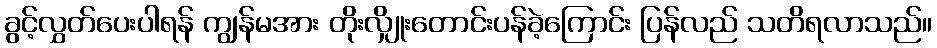
ခွင့်လွှတ်ပေးပါရန် ကျွန်မအား တိုးလျှိုးတောင်းပန်ခဲ့ကြောင်း ပြန်လည် သတိရလာသည်။